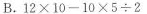
B.12×10-10×5÷2